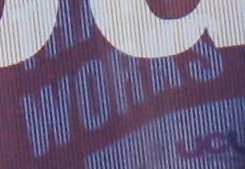
WORNS